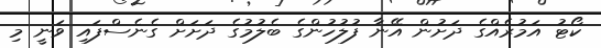
ކޯޓު އަމުރެއްގެ ދަށުން އޭނާ ފުލުހުންގެ ބެލުމުގެ ދަށަށް ގެނެސްފައި ވަނީ މި